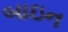
બાઇન